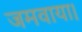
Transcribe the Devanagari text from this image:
जमवाया।